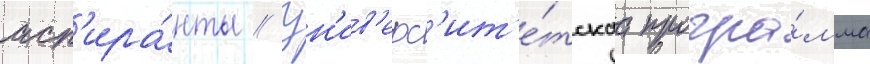
асп'ира́нты // Ун'ив'ерс'ит'е́тскаа програ́мма